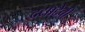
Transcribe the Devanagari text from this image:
दद्याद्देवी